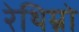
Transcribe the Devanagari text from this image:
रेथिम्नो